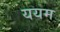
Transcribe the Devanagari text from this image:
ययम